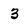
Character: 3